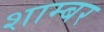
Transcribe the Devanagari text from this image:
शाम्बर